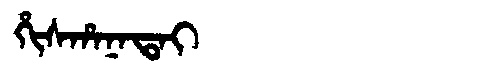
Manchu: ᡥᡳᠰᡥᠠᠨᠠᡨᠠᡳ
Romanization: HISHANATAI